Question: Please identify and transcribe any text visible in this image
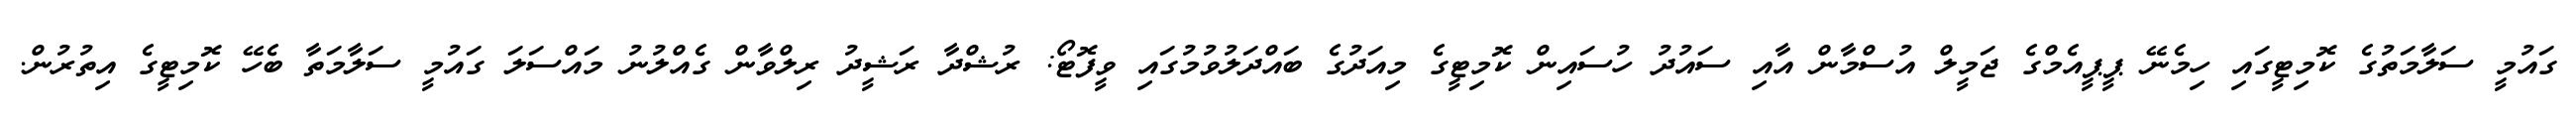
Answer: ގައުމީ ސަލާމަތުގެ ކޮމިޓީގައި ހިމެނޭ ޕީޕީއެމްގެ ޖަމީލް އުސްމާން އާއި ސައުދު ހުސައިން ކޮމިޓީގެ މިއަދުގެ ބައްދަލުވުމުގައި ވީފޮޓޯ: ރުޝްދާ ރަޝީދު ރިލްވާން ގެއްލުނު މައްސަލަ ގައުމީ ސަލާމަތާ ބެހޭ ކޮމިޓީގެ އިތުރުން.